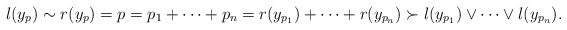
\begin{align*}l(y_p)\sim r(y_p)=p=p_1+\cdots+p_n = r(y_{p_1})+\cdots+r(y_{p_n})\succ l(y_{p_1})\vee\cdots\vee l(y_{p_n}).\end{align*}